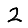
Digit: 2